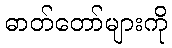
ဓာတ်တော်များကို